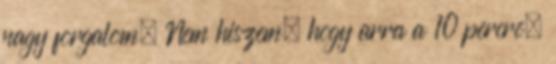
nagy forgalom. Nem hiszem, hogy arra a 10 percre,